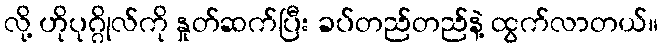
လို့ ဟိုပုဂ္ဂိုလ်ကို နှုတ်ဆက်ပြီး ခပ်တည်တည်နဲ့ ထွက်လာတယ်။